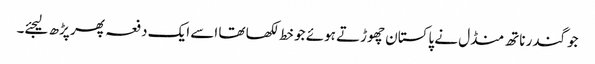
جوگندر ناتھ منڈل نے پاکستان چھوڑتے ہوئے جو خط لکھا تھا اسے ایک دفعہ پھر پڑھ لیجئے۔